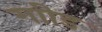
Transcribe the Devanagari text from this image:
गाीड